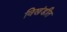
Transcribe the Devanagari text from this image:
विखंडीत